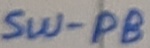
Text: SW-PB